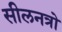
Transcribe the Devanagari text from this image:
सीलनत्रो